Indian journal of veterinary science and animal husbandry - Volumes 24-25, 1954-1955
Year: 1954
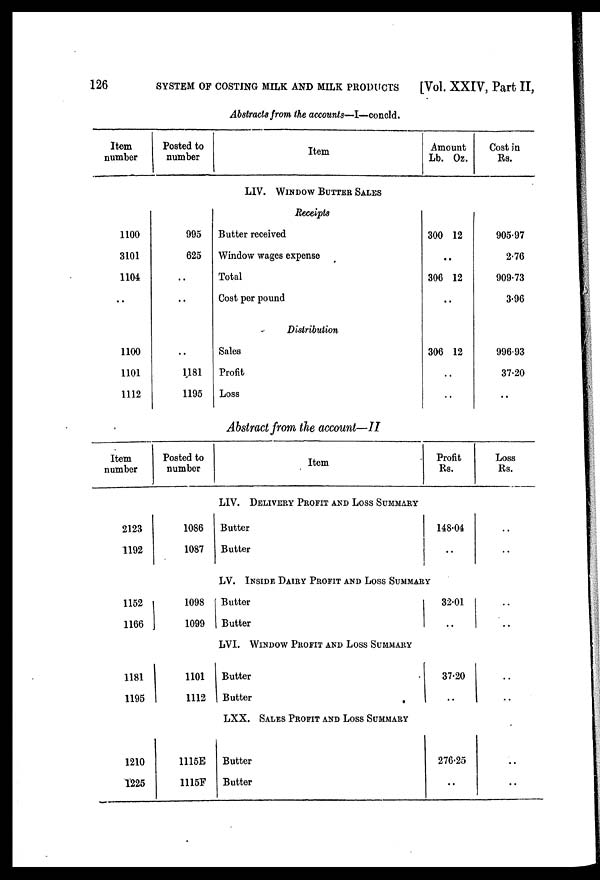
126
SYSTEM OF COSTING MILK AND MILK PRODUCTS
[Vol. XXIV, Part II,
Abstracts from the accounts—I—concld.
Item
number
1100
3101
1104
..
1100
1101
1112
Posted to
number
995
625
..
..
..
1181
1195
Item
LIV. WINDOWS BUTTER SALES
Receipts
Butter received
Window wages expense
Total
Cost per pound
Distribution
Sales
Profit
Loss
Amount
Lb.
300
..
306
..
306
..
Oz.
12
12
12
Cost in
Rs.
905.97
2.76
909.73
3.96
996.93
37.20
..
Abstract from the account—II
Item
number
2123
1192
1152
1166
1181
1195
1210
1225
Posted to
number
1086
1087
1098
1099
1101
1112
1115E
1115F
Item
LIV. DELIVERY PROFIT AND LOSS SUMMARY
Butter
Butter
LV. INSIDE DAIRY PROFIT AND LOSS SUMMARY
Butter
Butter
LVI. WINDOW PROFIT AND LOSS SUMMARY
Butter
Butter
LXX. SALES PROFIT AND LOSS SUMMARY
Butter
Butter
Profit
Rs.
148.04
..
32.01
..
37.20
..
276.25
..
Loss
Rs.
..
..
..
..
..
..
..
..